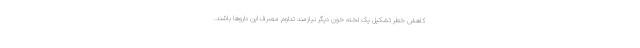
کاهش خطر تشکیل یک لخته خون دیگر نیازمند تداوم مصرف این داروها باشند.